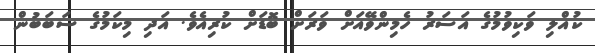
ކުއްލި ވަކިވުމުގެ އަސަރު ހެމިންވޭއަށް ވަރަށް ބޮޑަށް ކުރިއެވެ. އަދި މިކަމުގެ ސަބަބުން